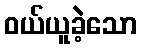
ဝယ်ယူခဲ့သော